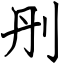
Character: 刐